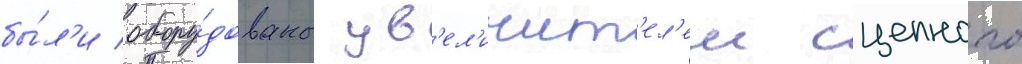
бы́л'и обору́дованы ув'ел'ичит'ел'ем сцепного